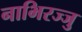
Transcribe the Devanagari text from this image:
नाभिरज्जु